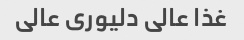
غذا عالی دلیوری عالی